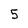
Character: 5